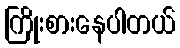
ကြိုးစားနေပါတယ်